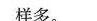
样多。